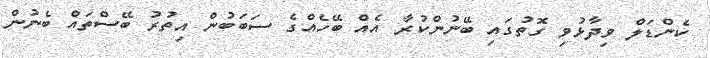
ކެންޑަލް ވިދާޅުވި ގޮތުގައި ބޭނުންކުރާ އެއް ބޭހެއްގެ ސަބަބުން އިތުރު ބޭސްތައް ބެނުން